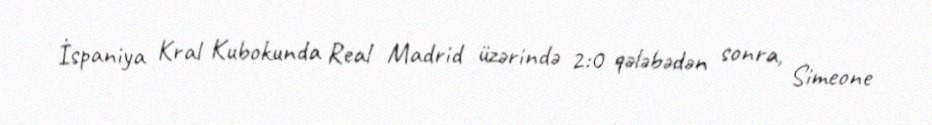
İspaniya Kral Kubokunda Real Madrid üzərində 2:0 qələbədən sonra, Simeone